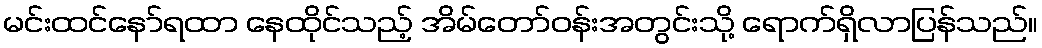
မင်းထင်နော်ရထာ နေထိုင်သည့် အိမ်တော်ဝန်းအတွင်းသို့ ရောက်ရှိလာပြန်သည်။